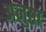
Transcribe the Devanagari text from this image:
अनुष्ठा